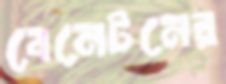
বেনেটনের